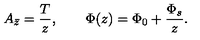
A _ { \bar { z } } = \frac { T } { z } , \qquad \Phi ( z ) = \Phi _ { 0 } + \frac { \Phi _ { s } } { z } .